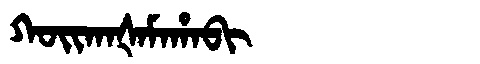
Manchu: ᡴᠣᡳᡴᠠᡧᠠᠮᠠᡥᠠᠪᡳ
Romanization: KOIKAŠAMAHABI